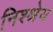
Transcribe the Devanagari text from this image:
निश्श्रेय